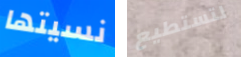
نسيتها لتستطيع